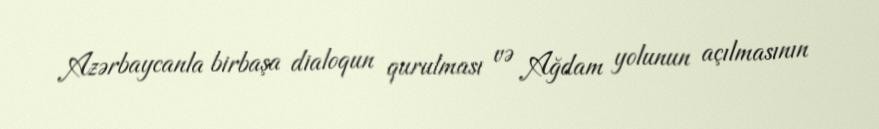
Azərbaycanla birbaşa dialoqun qurulması və Ağdam yolunun açılmasının